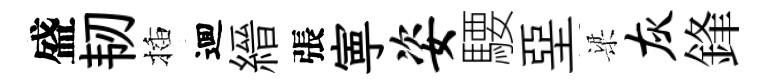
盛韧插逥縉張寕姿騕堊梁灰鋒